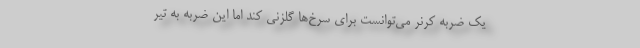
یک ضربه کرنر می‌توانست برای سرخ‌ها گلزنی کند اما این ضربه به تیر